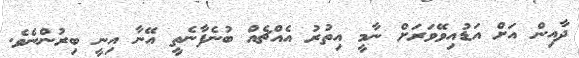
ދާއިން އަށް އަޑުއިވޭވަރަށް ނާމީ އިތުރު އެއްޗެއް ބުނެފާނެތީ އޭނާ އިނީ ބިރުންނެވެ.